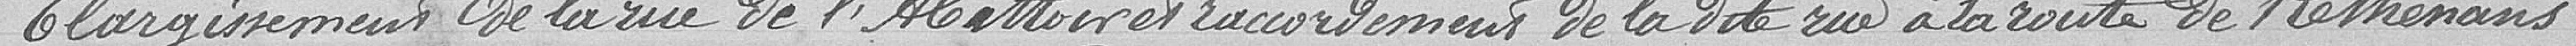
Élargissement de la rue de l'abattoir et raccordements de la dite rue à la route de Rethenans